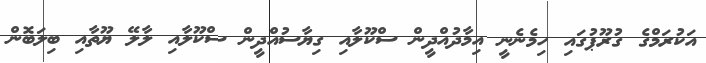
އަކުރަމްގެ ގުރޫޕުގައި ހިމެނެނީ އިމާދުއްދީން ސްކޫލާއި ގިޔާސުއްދީން ސްކޫލާއި ލާލޭ ޔޫތާއި ބިލަބޮން